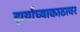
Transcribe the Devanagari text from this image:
झर्याच्याकाठावर